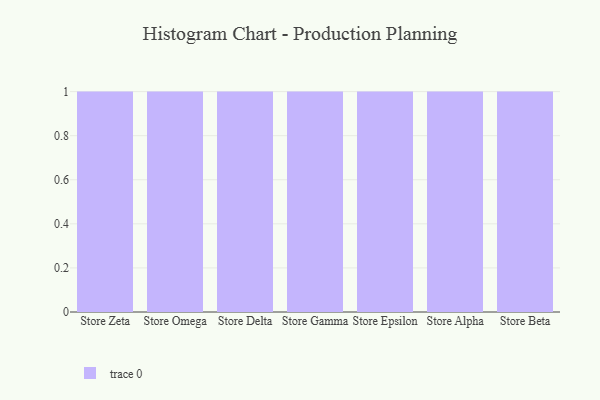
{"axis": {"x": "Store", "y": "Shipments"}, "legend": [""], "data": [{"x": "Store Zeta", "y": 58, "type": ""}, {"x": "Store Omega", "y": 91, "type": ""}, {"x": "Store Delta", "y": 16, "type": ""}, {"x": "Store Gamma", "y": 22, "type": ""}, {"x": "Store Epsilon", "y": 15, "type": ""}, {"x": "Store Alpha", "y": 81, "type": ""}, {"x": "Store Beta", "y": 55, "type": ""}]}